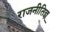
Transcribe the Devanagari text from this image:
राजनीतिज्ञ्